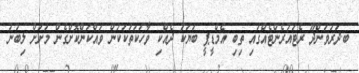
ބ.ދަރަވަންދޫ ރެޓައުރެންޓެއްގައި ތިބި އެމްޑީޕީ ބަޔަކު ދެއްކި ވާހަކަތަކަކުން ވައްކަންކޮށްގެން މަށަށް ލިބުނު